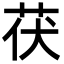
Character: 茯